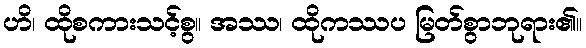
ဟိ၊ ထိုစကားသင့်စွ။ အဿ၊ ထိုကဿပ မြတ်စွာဘုရား၏။